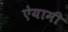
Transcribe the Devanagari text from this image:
ऐयामी